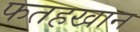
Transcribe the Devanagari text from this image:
फतहखान